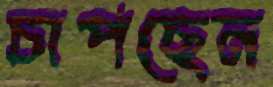
চাপছেন